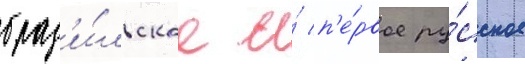
браз'и́льское и́ п'е́рвое ру́сское